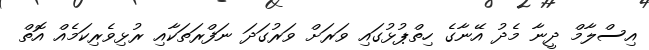
އިސްލާމް ދީނާ މެދު އޭނާގެ ހިތްޕުޅުގައި ވަރަށް ވަރުގަދަ ނަފްރަތަކާއި ރުޅިވެރިކަމެއް އޮތް